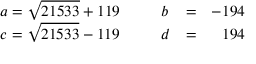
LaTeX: \left. \begin{array} { l l l l r } { { a = \sqrt { 2 1 5 3 3 } + 1 1 9 \, } } & { { \, \, \, } } & { { b } } & { { = } } & { { - 1 9 4 } } \\ { { c = \sqrt { 2 1 5 3 3 } - 1 1 9 \, } } & { { \, \, \, } } & { { d } } & { { = } } & { { 1 9 4 } } \end{array} \right.